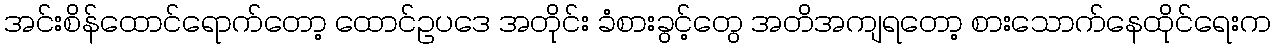
အင်းစိန်ထောင်ရောက်တော့ ထောင်ဥပဒေ အတိုင်း ခံစားခွင့်တွေ အတိအကျရတော့ စားသောက်နေထိုင်ရေးက